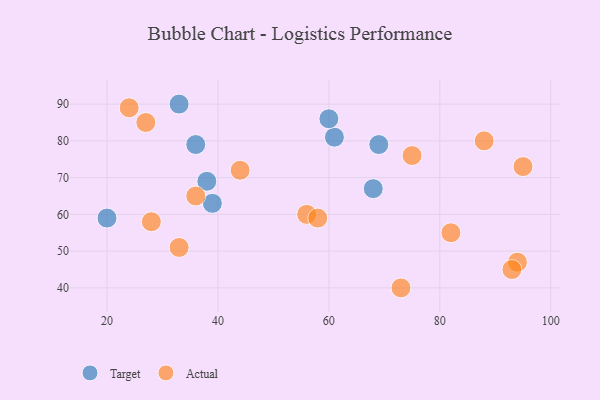
{"axis": {"x": "GDP", "y": "Life Expectancy"}, "legend": ["Actual", "Target"], "data": [{"x": "38", "y": 69, "type": "Target"}, {"x": "33", "y": 90, "type": "Target"}, {"x": "20", "y": 59, "type": "Target"}, {"x": "68", "y": 67, "type": "Target"}, {"x": "61", "y": 81, "type": "Target"}, {"x": "36", "y": 79, "type": "Target"}, {"x": "69", "y": 79, "type": "Target"}, {"x": "60", "y": 86, "type": "Target"}, {"x": "39", "y": 63, "type": "Target"}, {"x": "73", "y": 40, "type": "Actual"}, {"x": "33", "y": 51, "type": "Actual"}, {"x": "82", "y": 55, "type": "Actual"}, {"x": "56", "y": 60, "type": "Actual"}, {"x": "36", "y": 65, "type": "Actual"}, {"x": "28", "y": 58, "type": "Actual"}, {"x": "94", "y": 47, "type": "Actual"}, {"x": "75", "y": 76, "type": "Actual"}, {"x": "88", "y": 80, "type": "Actual"}, {"x": "58", "y": 59, "type": "Actual"}, {"x": "95", "y": 73, "type": "Actual"}, {"x": "27", "y": 85, "type": "Actual"}, {"x": "93", "y": 45, "type": "Actual"}, {"x": "24", "y": 89, "type": "Actual"}, {"x": "44", "y": 72, "type": "Actual"}]}